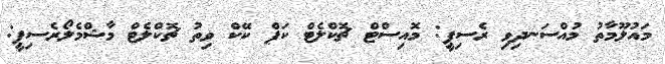
މައުލޫމާތު މުއްސަނދިވި ރެސިޕީ: މޮއިސްޓް ޗޮކްލެޓް ކަޕް ކޭކް ވިތު ޗޮކްލެޓް މާޝްމެލޯރެސިޕީ: